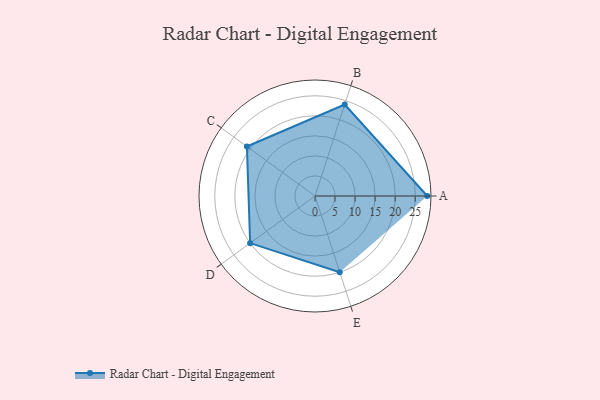
{"axis": {"x": "Skill", "y": "Score"}, "legend": ["Profile"], "data": [{"x": "A", "y": 28.0, "type": "Profile"}, {"x": "B", "y": 24.0, "type": "Profile"}, {"x": "C", "y": 21.0, "type": "Profile"}, {"x": "D", "y": 20.0, "type": "Profile"}, {"x": "E", "y": 20, "type": "Profile"}]}